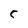
Character: 5